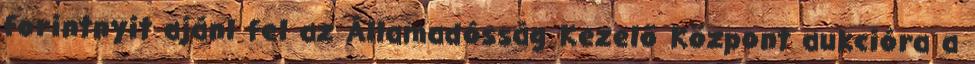
forintnyit ajánl fel az Államadósság Kezelő Központ aukcióra a